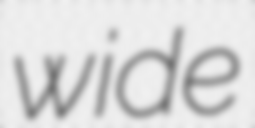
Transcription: wide